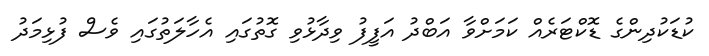
ކުޑަކުދިންގެ ޑޮކްޓަރެއް ކަމަށްވާ އަބްދު އަފީފު ވިދާޅުވި ގޮތުގައި އެހާލަތުގައި ވެސް ފުޅިމަދު